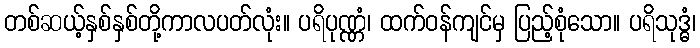
တစ်ဆယ့်နှစ်နှစ်တို့ကာလပတ်လုံး။ ပရိပုဏ္ဏံ၊ ထက်ဝန်ကျင်မှ ပြည့်စုံသော။ ပရိသုဒ္ဓံ၊